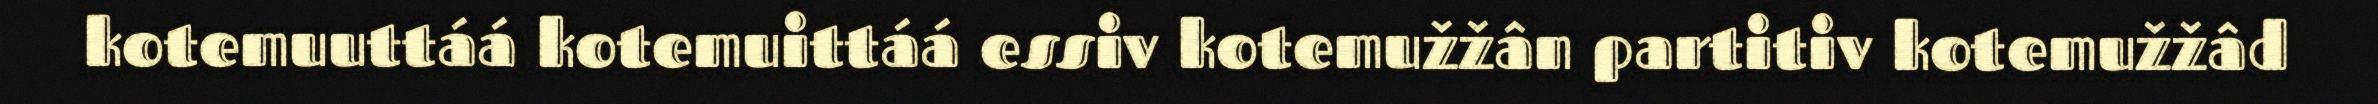
kotemuuttáá kotemuittáá essiv kotemužžân partitiv kotemužžâd